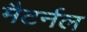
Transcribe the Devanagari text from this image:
मैटर्नल